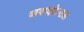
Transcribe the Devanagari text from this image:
आबादफ़ेसल